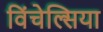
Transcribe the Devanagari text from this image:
विंचेल्सिया